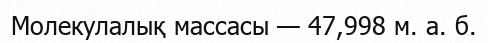
Молекулалық массасы — 47,998 м. а. б.